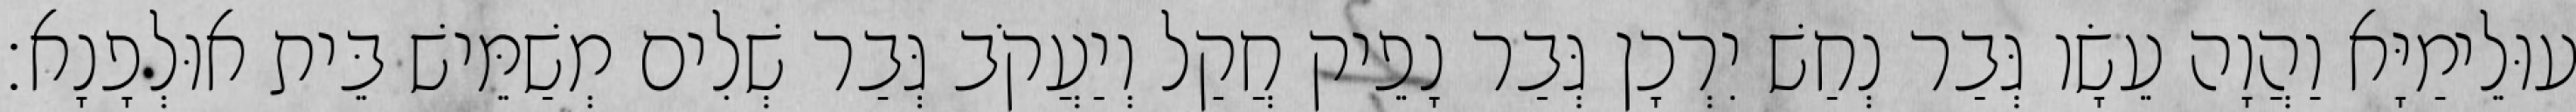
עוּלֵימַיָּא וַהֲוָה עֵשָׂו גְּבַר נְחַשׁ יִרְכָן גְּבַר נָפֵיק חֲקַל וְיַעֲקֹב גְּבַר שְׁלִים מְשַׁמֵּישׁ בֵּית אוּלְפָנָא׃